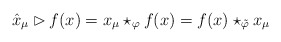
\begin{gather*}\hat{x}_\mu\rhd f(x)=x_\mu\star_\varphi f(x)=f(x)\star_{\tilde{\varphi}}x_\mu\end{gather*}